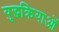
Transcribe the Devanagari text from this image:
युद्धक्रियाओं